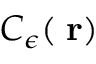
C _ { \epsilon } ( \bf \delta r )